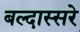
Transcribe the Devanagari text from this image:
बल्दास्सरे